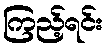
ကြည့်ရင်း